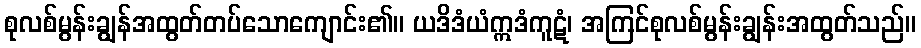
စုလစ်မွန်းချွန်အထွတ်တပ်သောကျောင်း၏။ ယဒိဒံယံဣဒံကူဋံ၊ အကြင်စုလစ်မွန်းချွန်းအထွတ်သည်။